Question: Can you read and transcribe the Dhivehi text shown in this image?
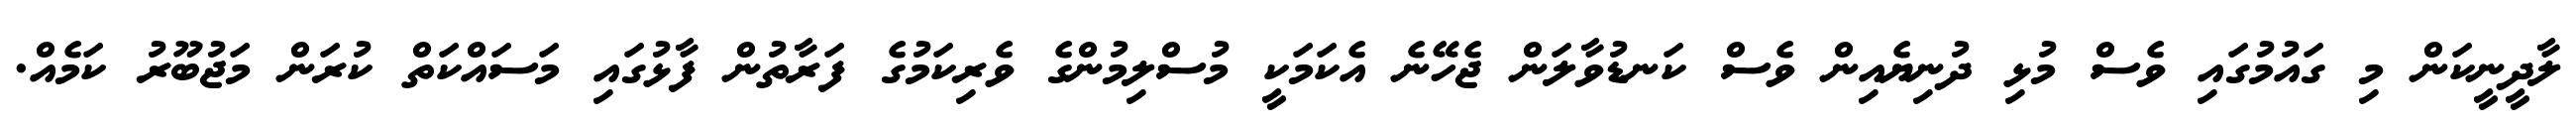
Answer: ލާދީނީކަން މި ގައުމުގައި ވެސް މުޅި ދުނިޔެއިން ވެސް ކަނޑުވާލަން ޖެހޭނެ އެކަމަކީ މުސްލިމުންގެ ވެރިކަމުގެ ފަރާތުން ފާޅުގައި މަސައްކަތް ކުރަން މަޖުބޫރު ކަމެއް.